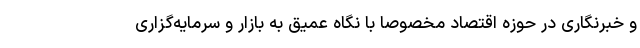
و خبرنگاری در حوزه اقتصاد مخصوصا با نگاه عمیق به بازار و سرمایه‌گزاری